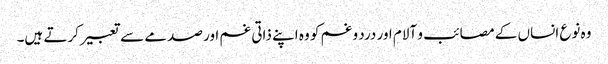
وہ نوع انساں کے مصائب و آلام اور درد و غم کو وہ اپنے ذاتی غم اور صدمے سے تعبیر کرتے ہیں۔